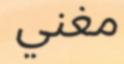
مغني